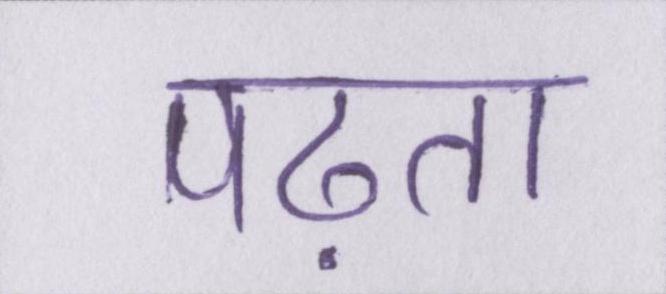
पढ़ता